Annual administration report of the Civil Veterinary Department of India - 1897-1898
Year: 1897
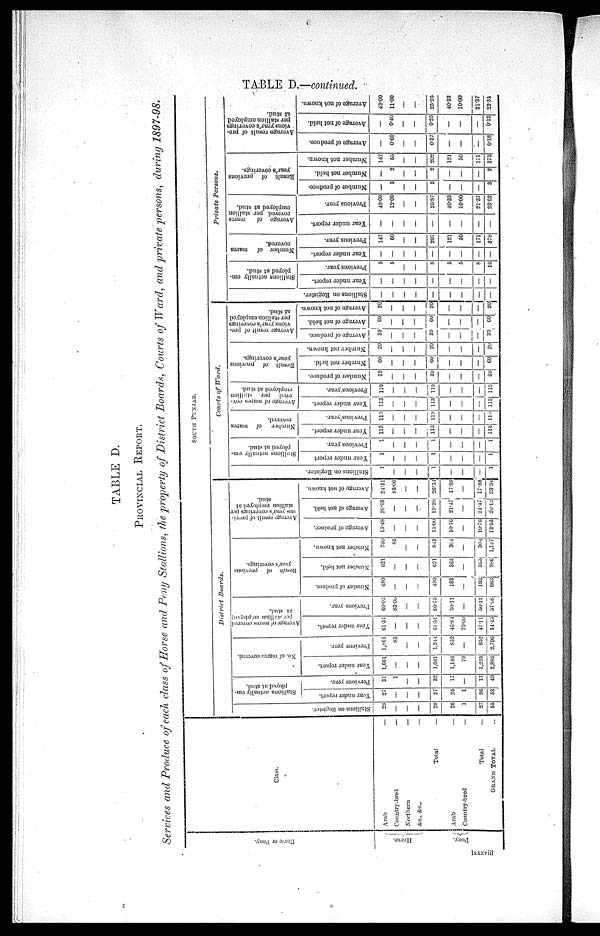
TABLE D.—continued.
TABLE D.
PROVINCIAL REPORT.
Services and Produce of each class of Horse and Pony Stallions, the property of District Boards, Courts of Ward, and private persons, during 1897-98.
Hor se or Pony.
Horse.
Pony.
Class.
A
r
a
b
—
Country-bred—
Northern—
&c.,
&c.,—
Total
—
A
r
a
b
—
Country-bred—
Total
—
GRAND TOTAL.
SOUTH PUNJAB.
District
Boards.
Stallions on Regi s t
er .
28
—
—
—
28
26
1
27
55
Stallions actually
employed at stud.
Year under report.
27
—
—
—
27
25
1
26
53
Pervious year.
31
1
—
—
32
17
—
17
49
No. of mares covered.
Year under report.
1,661
—
—
—
1,661
1,146
79
1,225
2,886
Previous year.
1,861
83
—
—
1,944
852
—
852
2,796
Average of mares covered
per stallion employed
at stud.
Year under report.
61.51
—
—
—
61.51
45.84
79.00
47.11
54.45
Previous year.
60.03
83.00
—
—
60.75
50.11
—
50.11
57.06
Result of previous year's
coverings.
Number of produce.
480
—
—
—
480
183
—
183
663
Number not held.
621
—
—
—
621
365
—
365
986
Number not known.
760
83
—
—
843
304
—
304
1,147
Average result of previ—
ous year's coverings per
stallion employed at
stud.
Average of produce.
15.48
—
—
—
15.00
10.76
—
10.76
13.53
Average of not held.
20.03
—
—
—
19.20
21.47
—
21.47
20.12
Average of not known.
24.51
83.00
—
—
26.34
17.88
—
17.88
23.34
Courts of Ward.
St al l
i
ons on Register.
1
—
—
—
1
—
—
—
1
Stallions actually
employed at stud.
Year under report.
1
—
—
—
1
—
—
—
1
Previous year.
1
—
—
—
1
—
—
—
1
Number of mares covered.
Year under report.
113
—
—
—
113
—
—
—
113
Previous year.
119
—
—
119
—
—
—
119
Average of mares cov—
ered per stallion
employed at stud.
Year under report.
113
—
—
—
113
—
—
—
113
Previous year.
119
—
—
—
119
—
—
—
119
Result of previous year's
coverings.
Number of produce.
39
—
—
—
39
—
—
—
39
Number not held.
60
—
—
—
60
—
—
—
60
Number not known.
20
—
—
—
20
—
—
—
20
Average result of pre—
vious year's coverings
per stallion employed
at stud.
Average of produce.
39
—
—
—
39
—
—
—
39
Average of not held.
60
—
—
—
60
—
—
—
60
Average of not known.
20
—
—
—
20
—
—
—
20
Private
Persons.
Stallions on Register.
—
—
—
—
—
—
—
—
—
Stallions actually
employed at stud.
Year under report.
—
—
—
—
—
—
—
Previous year.
3
5
—
—
8
3
5
8
16
Number of mares covered.
Year under report.
—
—
—
—
—
—
—
—
Previous year.
147
60
—
—
207
121
50
171
378
Average of mares
covered per stallion
employed at stud.
Year under report.
—
—
—
—
—
—
—
—
Previous year.
49.00
12.00
—
25.87
40.33
10.00
21.37
23.62
Res ul t of previous
year's coverings.
Number of produce.
—
3
—
—
3
—
—
3
Number not held.
—
2
—
—
2
—
—
2
Number not known.
147
55
202
121
50
171
373
Ave r
a ge result of pre—
vious year's coverings
per stallion employed
at stud.
Average of produce.
—
0.60
—
—
0.37
—
—
0.18
Average of not held.
—
0.40
—
0.25
—
—
—
0.12
Average of not known.
49.00
11.00
—
—
25.25
40.33
10.00
21.37
23.31
lxxxviii